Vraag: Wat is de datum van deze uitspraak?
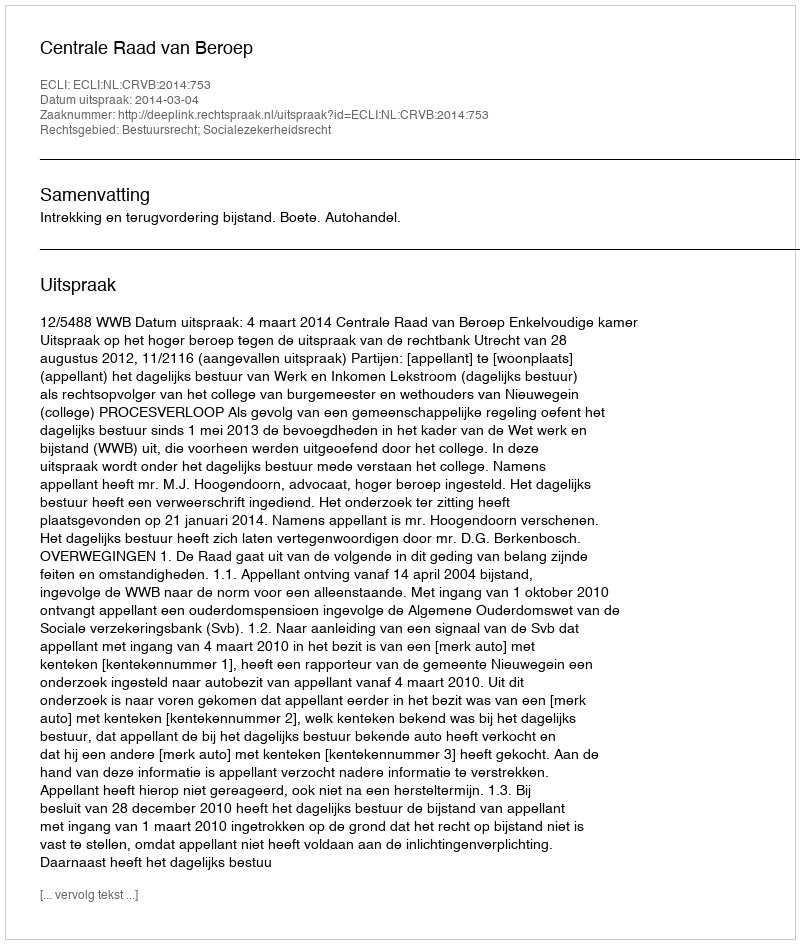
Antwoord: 2014-03-04